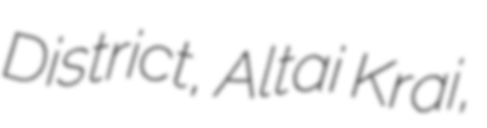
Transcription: District, Altai Krai,